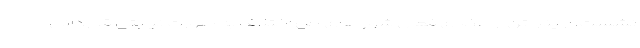
نشست، از پنج تن از اعضای فعال شوراهای حل اختلاف به صورت نیابتی قدردانی